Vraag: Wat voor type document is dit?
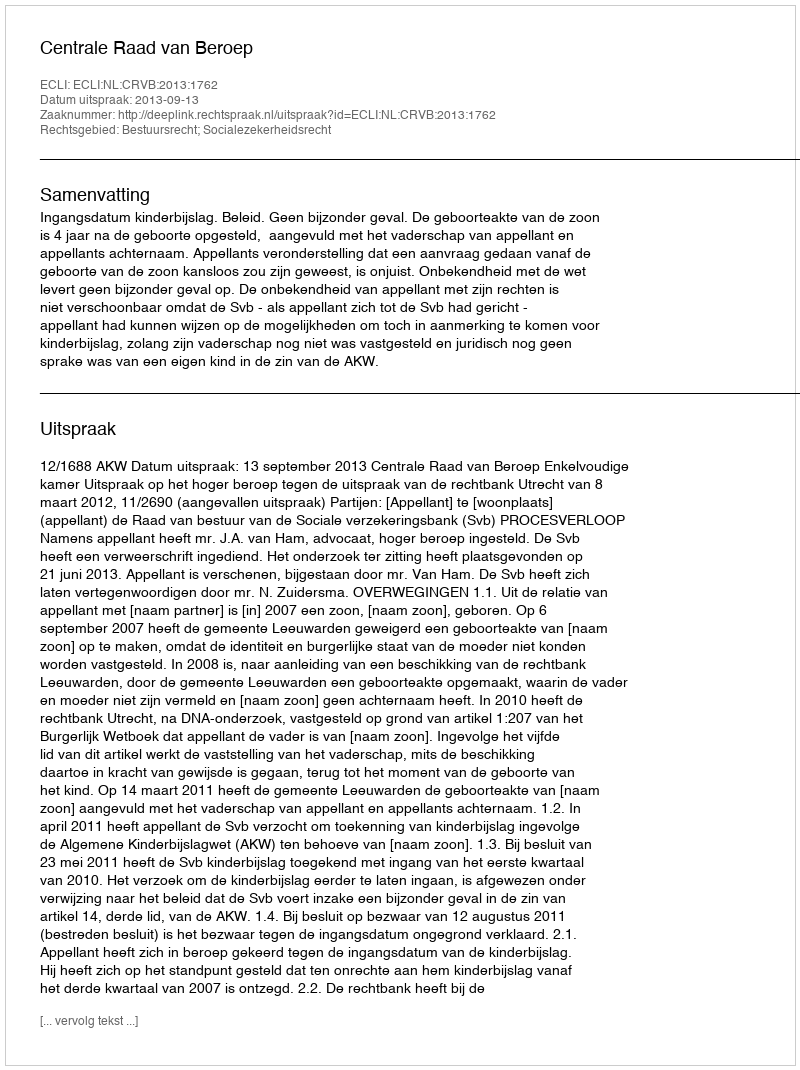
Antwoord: Uitspraak